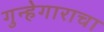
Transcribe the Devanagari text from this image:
गुन्हेगाराचा